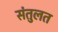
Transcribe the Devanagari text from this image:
संतुलत